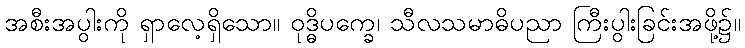
အစီးအပွါးကို ရှာလေ့ရှိသော။ ဝုဒ္ဓိပက္ခေ၊ သီလသမာဓိပညာ ကြီးပွါးခြင်းအဖို့၌။